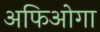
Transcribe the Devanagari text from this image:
अफिओगा